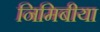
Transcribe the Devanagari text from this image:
निमिबीया